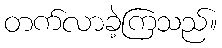
တက်လာခဲ့ကြသည်။